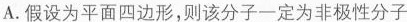
A.假设为平面四边形，则该分子一定为非极性分子